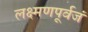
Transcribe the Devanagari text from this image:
लक्ष्मणपूर्वजं